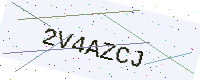
Text: 2V4AZCJ